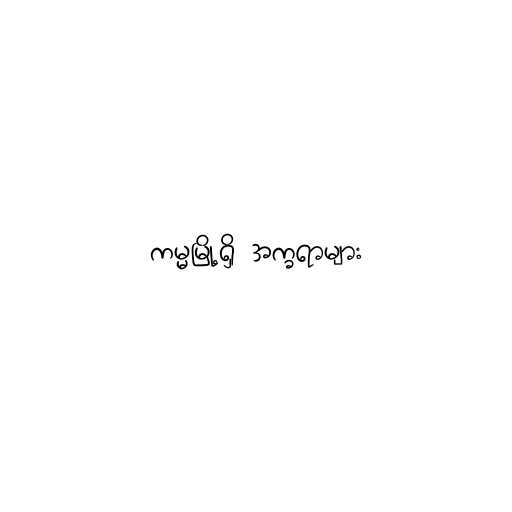
ကမ္မမြို့ရှိ အက္ခရာများ